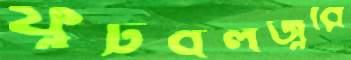
ফুটবলজ্বরে